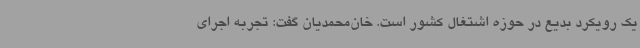
یک رویکرد بدیع در حوزه اشتغال کشور است. خان‌محمدیان گفت: تجربه اجرای